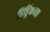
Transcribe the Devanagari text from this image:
हिड्डिंकच्या